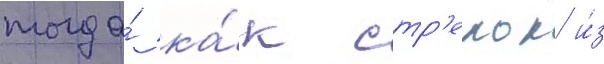
тогда́ ка́к стр'елок и́з